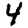
Digit: 4